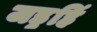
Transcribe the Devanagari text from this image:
जड॒हिं